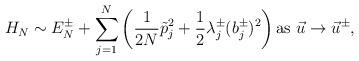
LaTeX: \begin{align*}H_N \sim E_N^\pm + \sum_{j=1}^N \left( \frac{1}{2N} \tilde{p}_j^2 + \frac{1}{2} \lambda^\pm_j (b_j^\pm)^2 \right) \textrm{as} \ \vec u \to \vec u^\pm,\end{align*}